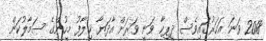
2018 ވަނަ އަހަރުގައިވެސް ދީޕިކާ ވަނީ ވަރަށް އާދަޔާ ޚިލާފު މީހުންގެ ސަމާލުކަން